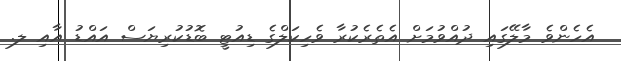
އެހެންވެ މާލޭގައި ދުއްވުމަށް އެތެރެކުރާ ވެހިކަލްގެ ޑިއުޓީ ބޮޑުކުރިޔަސް އައްޑު އާއި ލ.